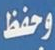
وحفظ